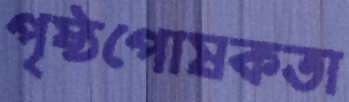
পৃষ্ঠপোষকতা